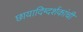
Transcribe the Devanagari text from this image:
छायादिग्दर्शकांची